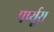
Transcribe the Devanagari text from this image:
पर्प्यूरा